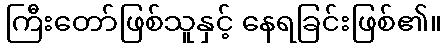
ကြီးတော်ဖြစ်သူနှင့် နေရခြင်းဖြစ်၏။